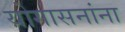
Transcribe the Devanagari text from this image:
योगासनांना